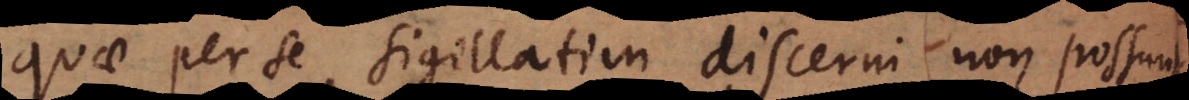
quae per se sigillatim discerni non possunt.:)